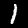
Label: 1